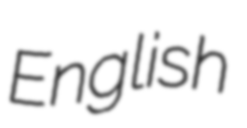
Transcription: English